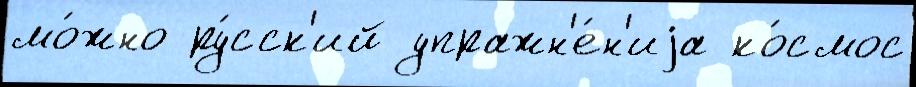
мо́жно ру́сск'ий упражн'е́н'иjа ко́смос